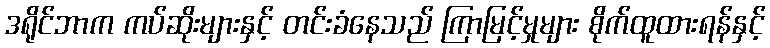
ဒရိုင်ဘာက ကပ်ဆိုးများနှင့် တင်းခံနေသည် ကြာမြင့်မှုများ စိုက်ထူထားရန်နှင့်